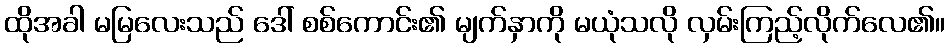
ထိုအခါ မမြလေးသည် ဒေါ် စစ်ကောင်း၏ မျက်နှာကို မယုံသလို လှမ်းကြည့်လိုက်လေ၏။